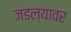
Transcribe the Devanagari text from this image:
जडल्यावर